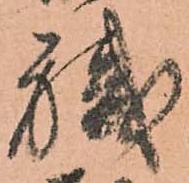
職